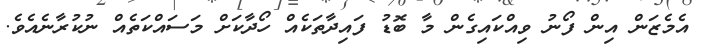
އެމެޒަން އިން ފޯނު ވިއްކައިގެން މާ ބޮޑު ފައިދާތަކެއް ހޯދާކަށް މަސައްކަތެއް ނުކުރާނެއެވެ.